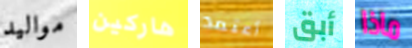
مواليد هاركين أعتمد أبق ماذا